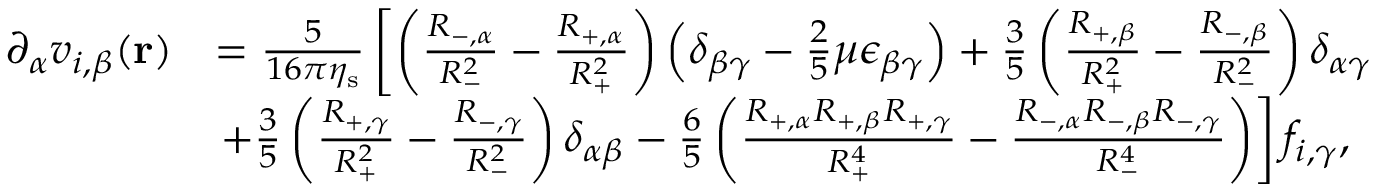
\begin{array} { r l } { \partial _ { \alpha } v _ { i , \beta } ( \mathbf { r } ) } & { = \frac { 5 } { 1 6 \pi \eta _ { \mathrm { s } } } \left[ \left( \frac { R _ { - , \alpha } } { R _ { - } ^ { 2 } } - \frac { R _ { + , \alpha } } { R _ { + } ^ { 2 } } \right) \left( \delta _ { \beta \gamma } - \frac { 2 } { 5 } \mu \epsilon _ { \beta \gamma } \right) + \frac { 3 } { 5 } \left( \frac { R _ { + , \beta } } { R _ { + } ^ { 2 } } - \frac { R _ { - , \beta } } { R _ { - } ^ { 2 } } \right) \delta _ { \alpha \gamma } \right. } \\ & { \left. + \frac { 3 } { 5 } \left( \frac { R _ { + , \gamma } } { R _ { + } ^ { 2 } } - \frac { R _ { - , \gamma } } { R _ { - } ^ { 2 } } \right) \delta _ { \alpha \beta } - \frac { 6 } { 5 } \left( \frac { R _ { + , \alpha } R _ { + , \beta } R _ { + , \gamma } } { R _ { + } ^ { 4 } } - \frac { R _ { - , \alpha } R _ { - , \beta } R _ { - , \gamma } } { R _ { - } ^ { 4 } } \right) \right] f _ { i , \gamma } , } \end{array}